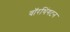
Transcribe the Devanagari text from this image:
वॉरथिंगटन